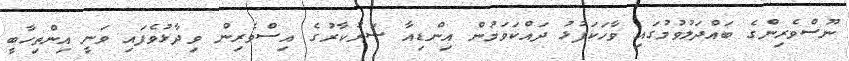
ނޫސްވެރިންގެ ބައްދަލުވުމުގައި ވާހަކަފުޅު ދައްކަވަމުން އިންޑިއާ ސަރުކާރުގެ އިސްވެރިން ވިދާޅުވެފައި ވަނީ އިންތިހާބީ